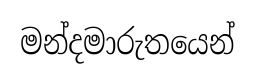
මන්දමාරුතයෙන්